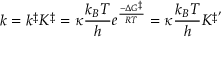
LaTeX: k = k ^ { \ddagger } K ^ { \ddagger } = \kappa { \frac { k _ { B } T } { h } } e ^ { \frac { - \Delta G ^ { \ddagger } } { R T } } = \kappa { \frac { k _ { B } T } { h } } K ^ { \ddagger ^ { \prime } }